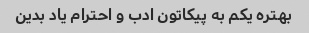
بهتره یکم به پیکاتون ادب و احترام یاد بدین